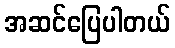
အဆင်ပြေပါတယ်